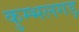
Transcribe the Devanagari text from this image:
कुम्भलगड़